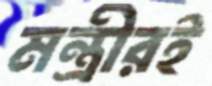
মন্ত্রীরই